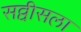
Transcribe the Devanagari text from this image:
सव्वीसला